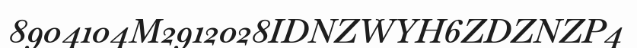
8904104M2912028IDNZWYH6ZDZNZP4